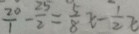
\frac { 2 0 } { 1 } - \frac { 2 5 } { 2 } = \frac { 5 } { 8 } x - \frac { 1 } { 2 } x